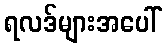
ရလဒ်များအပေါ်